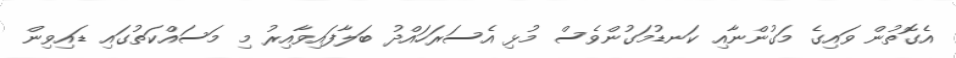
އެގޮތުން ވައިގެ މަގުންނާއި ކަނޑުމަގުންވެސް މުޅި އެސަރަހައްދު ބަލާފައިވާއިރު މި މަސައްކަތުގައި ޑައިވިން